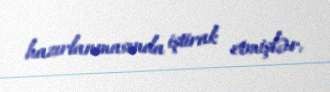
hazırlanmasında iştirak etmişlər.